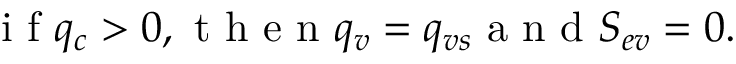
\mathrm { ~ i ~ f ~ } q _ { c } > 0 , \mathrm { ~ t ~ h ~ e ~ n ~ } q _ { v } = q _ { v s } \mathrm { ~ a ~ n ~ d ~ } S _ { e v } = 0 .